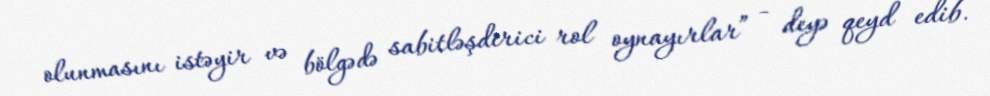
olunmasını istəyir və bölgədə sabitləşdirici rol oynayırlar” - deyə qeyd edib.